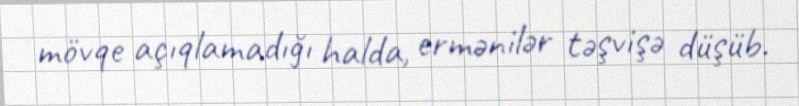
mövqe açıqlamadığı halda, ermənilər təşvişə düşüb.